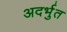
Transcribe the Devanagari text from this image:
अदर्भुत